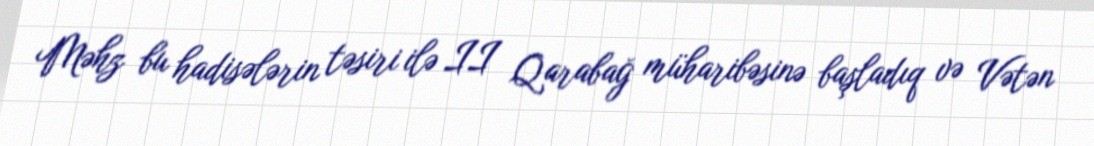
Məhz bu hadisələrin təsiri ilə II Qarabağ müharibəsinə başladıq və Vətən